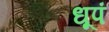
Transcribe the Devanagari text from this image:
धूपं